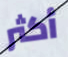
أكثر